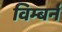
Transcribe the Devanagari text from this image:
विम्बर्न